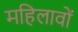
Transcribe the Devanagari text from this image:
महिलावों